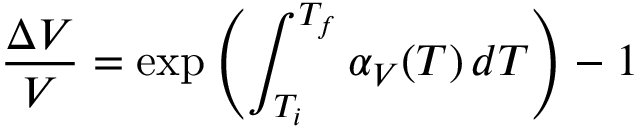
{ \frac { \Delta V } { V } } = \exp \left( \int _ { T _ { i } } ^ { T _ { f } } \alpha _ { V } ( T ) \, d T \right) - 1